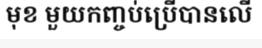
មុខ មួយកញ្ចប់ប្រើបានលើ